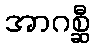
အာဂစ္ဆီ